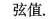
弦值.